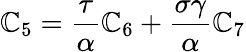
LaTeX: \mathbb{C}_{5}=\frac{\tau}{\alpha}\mathbb{C}_{6}+\frac{{\sigma\gamma}}{\alpha}\mathbb{C}_{7}